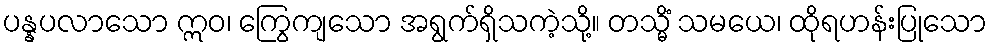
ပန္နပလာသော ဣဝ၊ ကြွေကျသော အရွက်ရှိသကဲ့သို့။ တသ္မိံ သမယေ၊ ထိုရဟန်းပြုသော